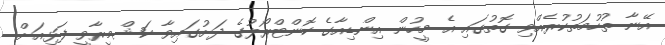
އޭނާ ތުހުމަތުކުރެއްވި ގޮތުގައި އެ މީހުން އިންޑިއާގެ ކޮންޓްރޯލުގެ ދަށުގައިވާ ކަޝްމީރާވީ ފަޅިއަށް